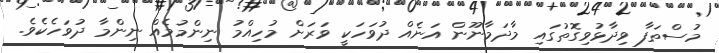
މުސްތަފާ ވިދާޅުވިގޮތުގައި މާދަމާނޫން އަނެއް ދުވަހަކީ ވަރަށް މުހިއްމު ނިންމުމެއް ނިންމާ ދުވަހެކެވެ.